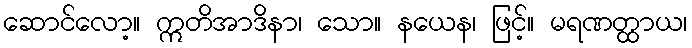
ဆောင်လော့။ ဣတိအာဒိနာ၊ သော။ နယေန၊ ဖြင့်။ မရဏတ္ထာယ၊